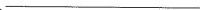
___